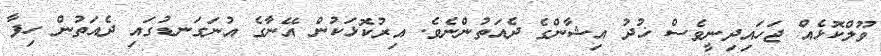
ވޫލްކޮޅެއް ޖަހައިދިނީވެސް ޚުދު އިޝާންގެ ދެއަތުންނެވެ. އިރުކޮޅަކުން އޭނާގެ އުނަގަނޑުގައި ދެއަތުން ހިފާ